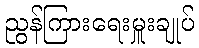
ညွန်ကြားရေးမှူးချုပ်